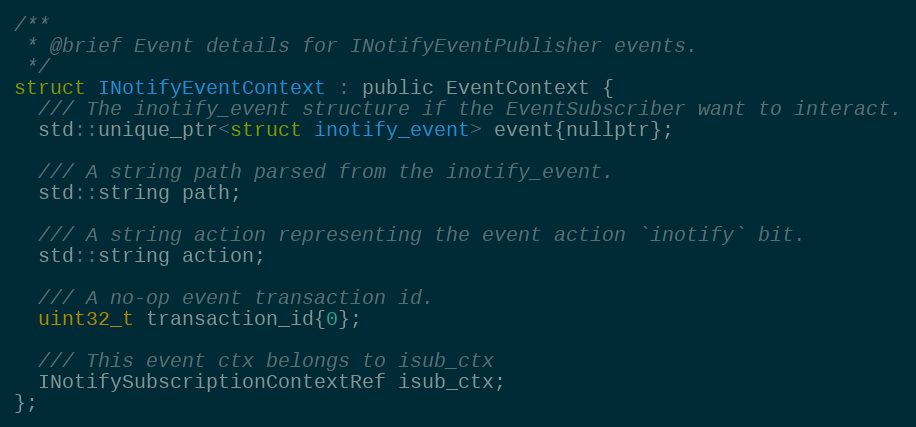
Language: C
/**
 * @brief Event details for INotifyEventPublisher events.
 */
struct INotifyEventContext : public EventContext {
  /// The inotify_event structure if the EventSubscriber want to interact.
  std::unique_ptr<struct inotify_event> event{nullptr};

  /// A string path parsed from the inotify_event.
  std::string path;

  /// A string action representing the event action `inotify` bit.
  std::string action;

  /// A no-op event transaction id.
  uint32_t transaction_id{0};

  /// This event ctx belongs to isub_ctx
  INotifySubscriptionContextRef isub_ctx;
};